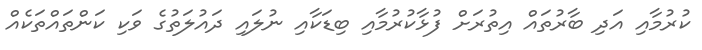
ކުރުމާއި އަދި ބާރުތައް އިތުރަށް ފުޅާކުރުމާއި ބިޑަކާއި ނުލައި ދައުލަތުގެ ވަކި ކަންތައްތަކެއް